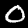
Digit: 0